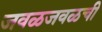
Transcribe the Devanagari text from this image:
जवळजवळची